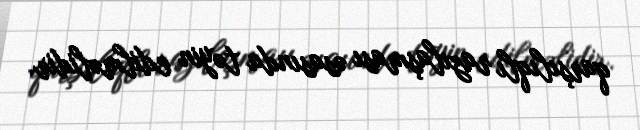
qarşılıqlı razılaşması əsasında təyin edilməlidir.